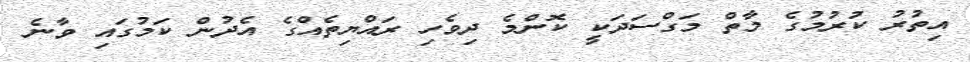
އިތުރު ކުރުމުގެ މާތް މަގްސަދަކީ ކޮންމެ ދިވެހި ރައްޔިތެއްގެ އެދުން ކަމުގައި ވާނެ